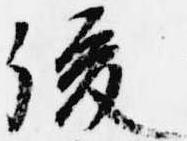
後